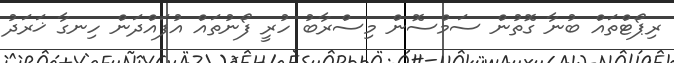
ރިޕޯޓްތައް ބުނާ ގޮތުން ސަމްސޮން މިސްރާބު ހުރީ ފޯނުތައް އުފައްދަން ހިނގާ ޚަރަދު